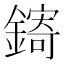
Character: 𬬄